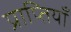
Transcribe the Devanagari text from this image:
प्राप्तियाँ